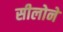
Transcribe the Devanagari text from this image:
सीलोने